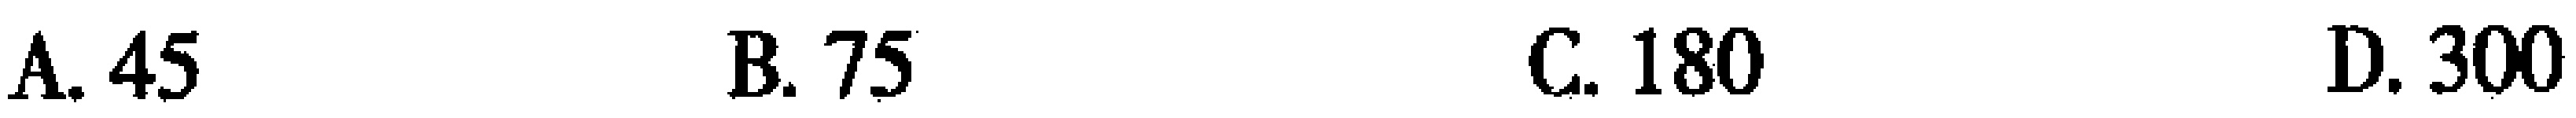
A. 45  B. 75  C. 180  D. 300